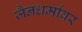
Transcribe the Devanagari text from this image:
जैनधर्मावर